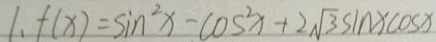
1 、 f ( x ) = \sin ^ { 2 } x - \cos ^ { 2 } x + 2 \sqrt { 3 } \sin x \cos x